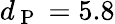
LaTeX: d_{\mathrm{~P~}}=5.8